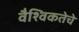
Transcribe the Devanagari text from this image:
वैश्विकतेचे